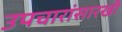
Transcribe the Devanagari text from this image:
उपचारांसारखी